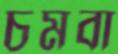
চমবা